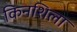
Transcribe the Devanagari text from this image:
किनशिला